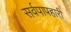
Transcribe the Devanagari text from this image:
सर्वपापहारी